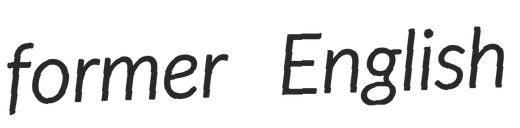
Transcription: former English